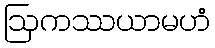
ဩကဿယာမဟံ